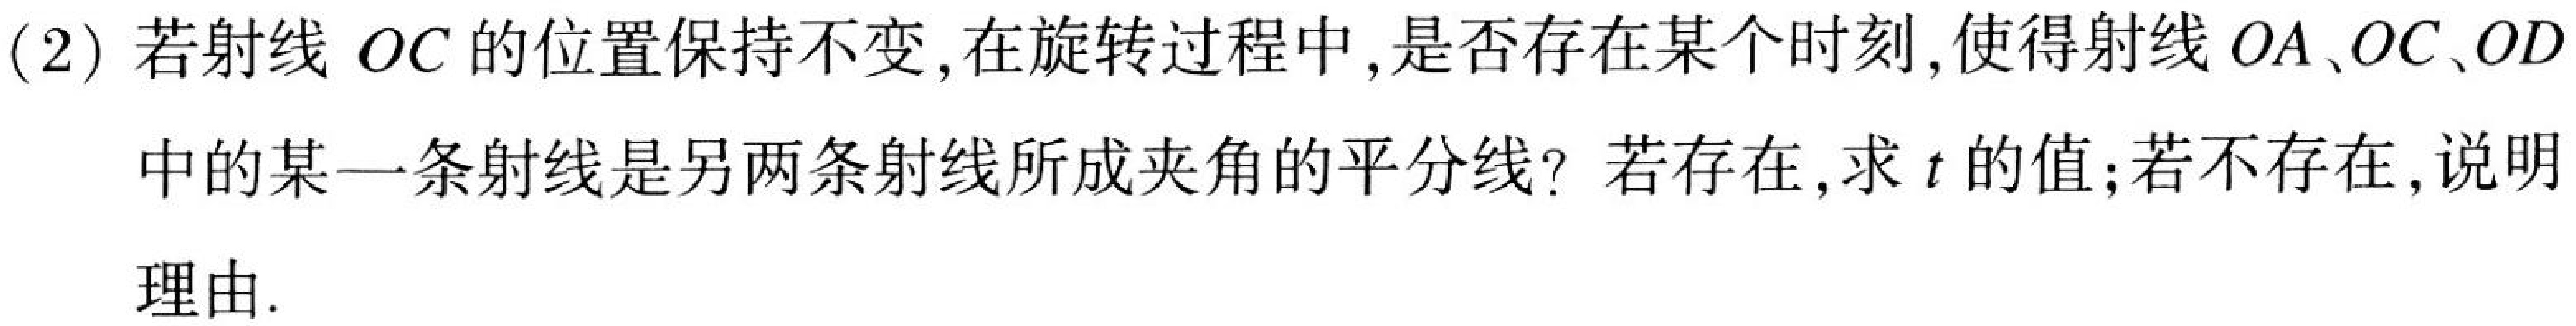
(2) 若射线 \(OC\) 的位置保持不变, 在旋转过程中, 是否存在某个时刻,使得射线 \(OA、OC、OD\) 中的某一条射线是另两条射线所成夹角的平分线? 若存在, 求 \(t\) 的值;若不存在,说明理由.